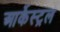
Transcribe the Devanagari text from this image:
आर्केस्ट्रल